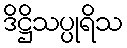
ဒိဋ္ဌိသပ္ပုရိသ